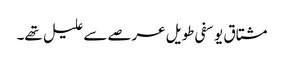
مشتاق یوسفی طویل عرصے سے علیل تھے۔